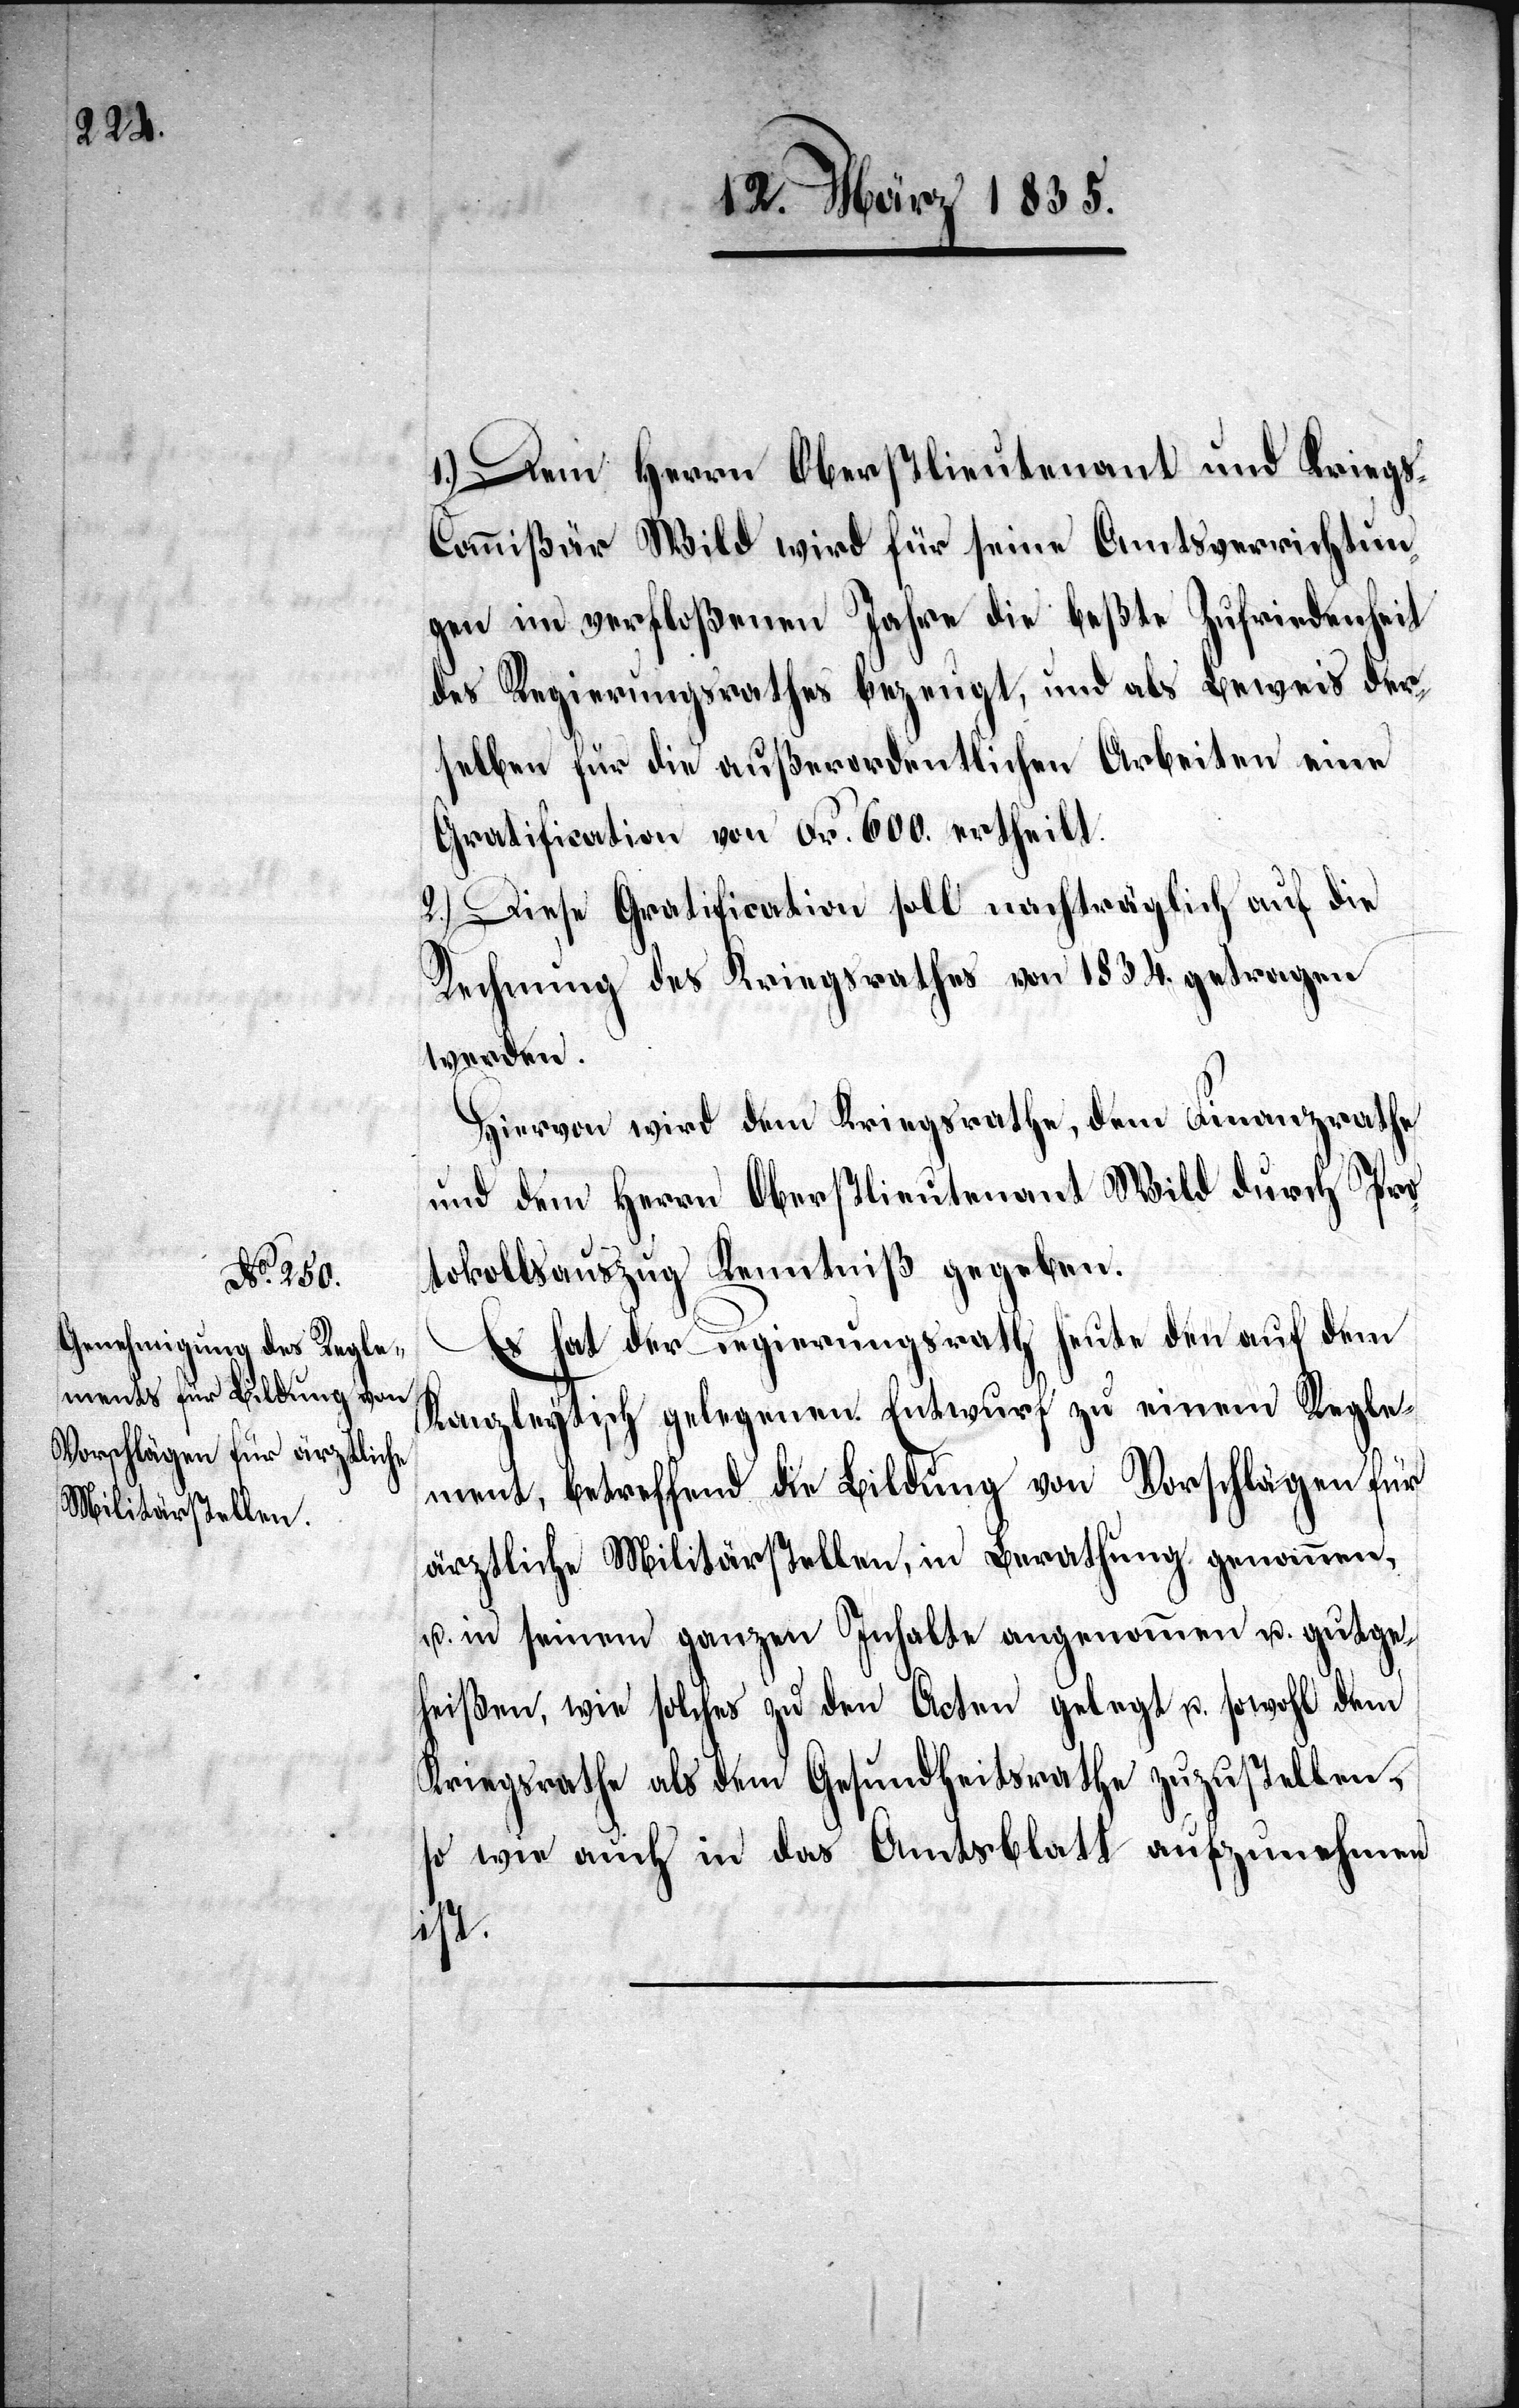
1.) Dem Herrn Oberstlieutenant und Krieg¬
s-Commißair Wild wird für seine Amtsverrichtun¬
gen im verfloßenen Jahre die beßte Zufriedenheit
des Regierungsrathes bezeugt, und als Beweis der¬
selben für die außerordentlichen Arbeiten eine
Gratification von Fr. 600. ertheilt.
2.) Diese Gratification soll nachträglich auf die
Rechnung des Kriegsrathes von 1834. getragen
werden.
Hiervon wird dem Kriegsrathe, dem Finanzrathe
und dem Herrn Oberstlieutenant Wild durch Pro¬
tokollsauszug Kenntniß gegeben.
Es hat der Regierungsrath heute den auf dem
Kanzleytisch gelegenen Entwurf zu einem Regle¬
ment, betreffend die Bildung von Vorschlägen für
ärztliche Militärstellen, in Berathung genommen,
u. in seinem ganzen Inhalte angenommen u. gutge¬
heißen, wie solches zu den Acten gelegt u. sowohl dem
Kriegsrathe als dem Gesundheitsrathe zuzustellen,
so wie auch in das Amtsblatt aufzunehmen
ist.